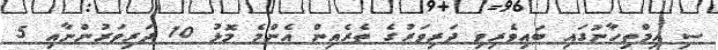
ސި އިމްތިހާނުގައި ބައިވެރިވި ދަރިވަރުގެ ތެރެއިން އެންމެ މޮޅު 10 ދަރިވަރުންނާއި 5